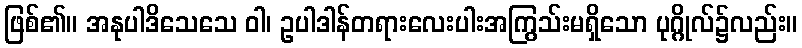
ဖြစ်၏။ အနုပါဒိသေသေ ဝါ၊ ဥပါဒါန်တရားလေးပါးအကြွသ်းမရှိသော ပုဂ္ဂိုလ်၌လည်း။